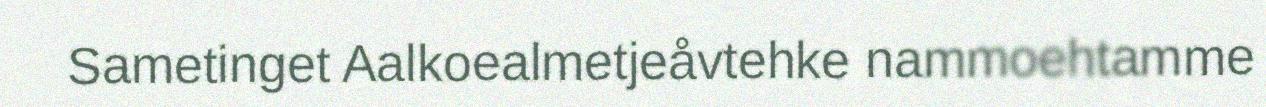
Sametinget Aalkoealmetjeåvtehke nammoehtamme